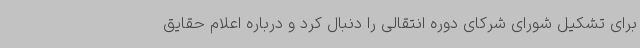
برای تشکیل شورای شرکای دوره انتقالی را دنبال کرد و درباره اعلام حقایق